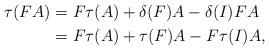
LaTeX: \begin{align*} \tau ( F A) & = F \tau (A) + \delta (F) A - \delta (I) F A \\& = F \tau ( A) + \tau (F) A - F \tau (I) A , \end{align*}